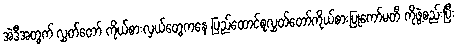
အဲဒီအတွက် လွှတ်တော် ကိုယ်စားလှယ်တွေကနေ ပြည်ထောင်စုလွှတ်တော်ကိုယ်စားပြုကော်မတီ ကိုဖွဲ့စည်းပြီး